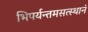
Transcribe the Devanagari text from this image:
भिपर्यन्तमसत्स्थानं